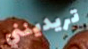
تريدينني